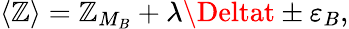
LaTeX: \langle\mathbb{Z}\rangle=\mathbb{Z}_{M_{B}}+\lambda\Deltat\pm\varepsilon_{B},